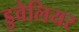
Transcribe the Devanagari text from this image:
डुवेलियर